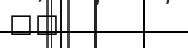
٤٤